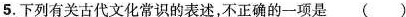
5.下列有关古代文化常识的表述，不正确的一项是()